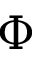
\boldsymbol { \Phi }